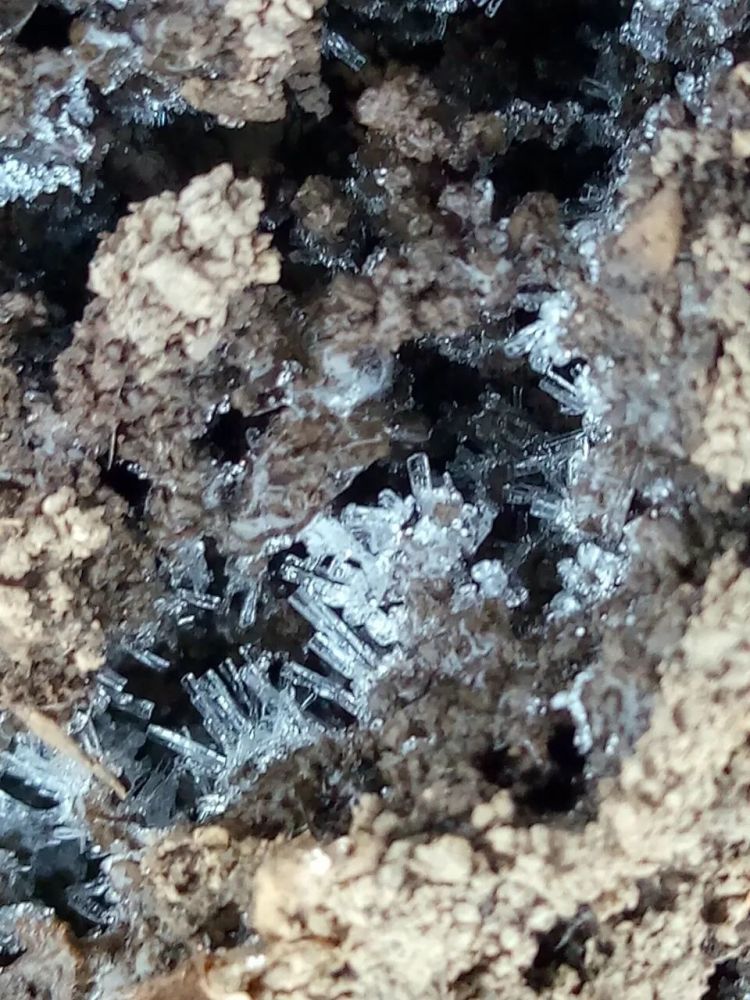
霜轻未杀萋萋草，日暖初干漠漠沙。